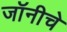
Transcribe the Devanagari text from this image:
जॉनीचे